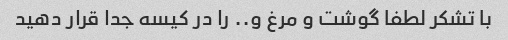
با تشکر لطفا گوشت و مرغ و.. را در کیسه جدا قرار دهید